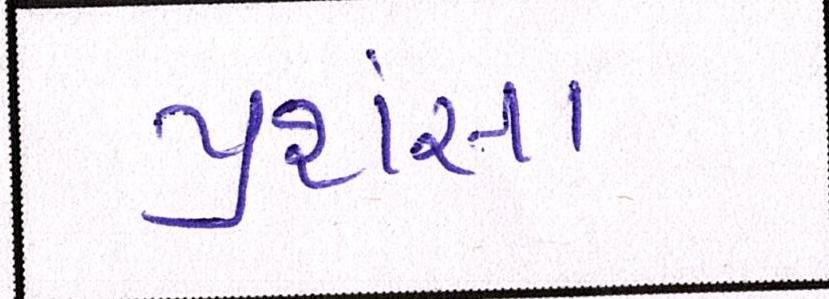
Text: પ્રશંસા